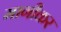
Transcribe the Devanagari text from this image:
मागीकर